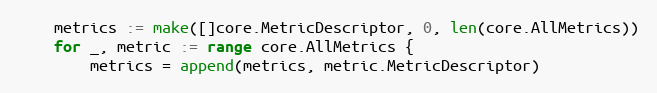
Language: Go
	metrics := make([]core.MetricDescriptor, 0, len(core.AllMetrics))
	for _, metric := range core.AllMetrics {
		metrics = append(metrics, metric.MetricDescriptor)